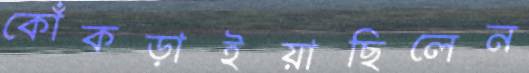
কোঁকড়াইয়াছিলেন